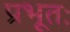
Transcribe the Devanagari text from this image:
प्रभूतः